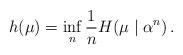
LaTeX: \begin{align*}h(\mu) = \inf_n \frac{1}{n} H(\mu \mid \alpha^n) \,.\end{align*}